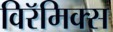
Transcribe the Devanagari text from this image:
विरॅमिक्स